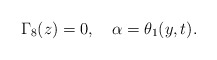
\begin{align*}\Gamma_{8}(z)=0,\ \ \ \alpha=\theta_{1}(y,t). \end{align*}